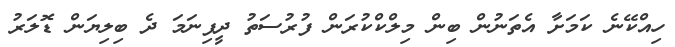
ހިއްކޭނެ ކަމަށާ އެތަނުން ބިން މިލްކްކުރަން ފުރުސަތު ދީފިނަމަ ދެ ބިލިޔަން ޑޮލަރު